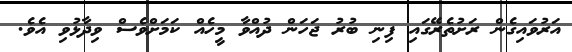
އަރުވައިގެން ރަށުތެރޭގައި ފިނި ބުރު ޖަހަން ދުއްވާ މީހެއް ކަމަށްވެސް ވިދާޅުވި އެވެ.